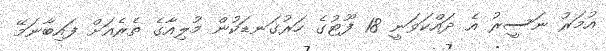
އުމަރު ނަސީރު އެ ދައްކަވަނީ 18 ފޫޓުގެ ހަރުގަނޑަކުން މުލިއާގެ ތެރެއަށް ފައިބާނަމޭ